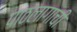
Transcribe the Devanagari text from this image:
पाठलागाची